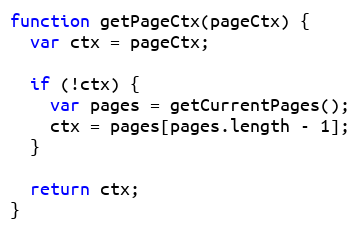
Language: JavaScript
function getPageCtx(pageCtx) {
  var ctx = pageCtx;

  if (!ctx) {
    var pages = getCurrentPages();
    ctx = pages[pages.length - 1];
  }

  return ctx;
}